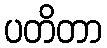
ပတိတာ